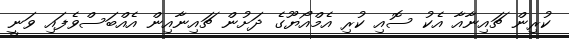
ކުރިން ޗައިނާއާ އެކު ސޮއި ކުރި އެމްއޯޔޫގެ ދަށުން ޗައިނާއިން އެއްބަސްވެފައި ވަނީ